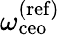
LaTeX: \omega_{\mathrm{ceo}}^{\mathrm{(ref)}}